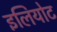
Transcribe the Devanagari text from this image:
इलियोट